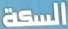
السكة